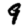
Digit: 9